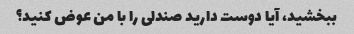
ببخشید، آیا دوست دارید صندلی را با من عوض کنید؟